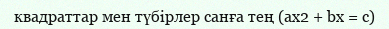
квадраттар мен түбірлер санға тең (ax2 + bx = c)